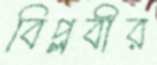
বিপ্লবীর